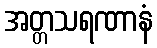
အတ္တသရဏာနံ